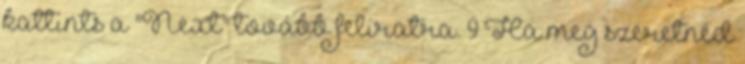
kattints a "Next" tovább feliratra. 9 Ha meg szeretnéd